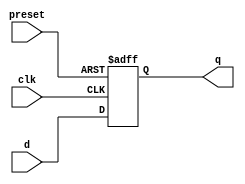
module async_preset_d_ff (
    input preset,
    input clk,
    input d,
    output reg q
);

always @ (posedge clk or posedge preset)
begin
    if (preset)
        q <= 1'b0; // Assuming preset value is 0 for reset
    else
        q <= d;
end

endmodule